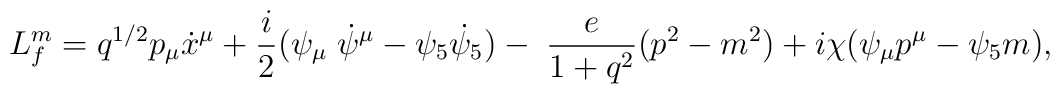
L_{f}^m = q^{1/2} p_{\mu} \dot x^{\mu} + \frac{i}{2}(\psi_{\mu}\;\dot \psi^{\mu} - \psi_{5} \dot \psi_{5})- \; \frac{e}{1+ q^2} (p^2 - m^2)+ i \chi (\psi_{\mu} p^\mu - \psi_{5} m ),